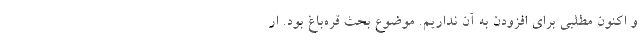
و اکنون مطلبی برای افزودن به آن نداریم. موضوع بحث قره‌باغ بود. ار